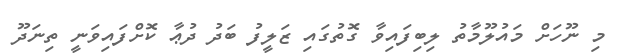
މި ނޫހަށް މައުލޫމާތު ލިބިފައިވާ ގޮތުގައި ޒަލީފު ބަދު ދުޢާ ކޮށްފައިވަނީ ތިނަދޫ